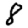
Digit: 8